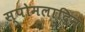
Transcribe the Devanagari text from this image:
स्पोमलादिन